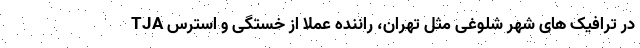
TJA در ترافیک های شهر شلوغی مثل تهران، راننده عملا از خستگی و استرس